Scientific memoirs by medical officers of the Army of India - Part XII,
Year: 1901
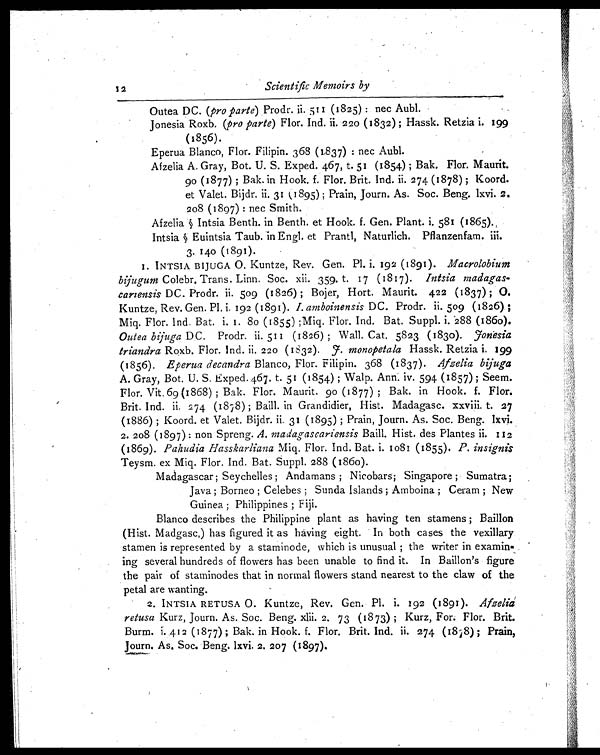
12
Scientific Memoirs by
Outea DC. (pro parte) Prodr.
ii. 511 (1825) : nec Aubl.
Jonesia Roxb. (pro parte) Flor. Ind. ii. 220 (1832); Hassk. Retzia i. 199
(1856).
Eperua Blanco, Flor. Filipin. 368 (1,837) : nec Aubl.
Afzelia A. Gray, Bot. U. S. Exped. 467, t. 51 (1854) ; Bak. Flor. Maurit.
90 (1877) ; Bak. in Hook. f. Flor. Brit. Ind. ii. 274 (1878) ; Koord.
et Valet. Bijdr. ii 31 (1895) ; Prain, Journ. As. Soc. Beng. lxvi. 2.
208 (1897) : nec Smith.
Afzelia § Intsia Benth. in Benth. et Hook. f. Gen. Plant. i. 581 (1865).
Intsia § Euintsia Taub. in Engl. et Prantl, Naturlich. Pflanzenfam. iii.
3. 140 (1891).
1. INTSIA BIJUGA O. Kuntze, Rev. Gen. Pl. i. 192 (1891). Macrolobium
bijugum Colebr. Trans. Linn. Soc. xii. 359. t. 17 (1817). Intsia
madagas-cariensis DC. Prodr.
i i 5 0 9 ( 1 8 2 6 ) ; B o j e r , H o r t . M a u r i t .4
2 2 ( 1 8 3 7 ) ; O .
Kuntze, Rev. Gen. Pl. 192 (1891). I. amboinensis DC. Prodr. ii. 509 (1826) ;
Miq. Flor. Ind. Bat. i. 1. 80 (1855) ; Miq. Flor. Ind. Bat. Suppl. i. 288 (1860).
Outea bijuga DC. Prodr. ii 511 (1826) ; Wall. Cat. 5823 (1830). Fonesia
triandra Roxb. Flor. Ind. ii. 220 (1832). F.monopetala Hassk. Retzia i.199
(1856). Eperua decandra Blanco, Flor. Filipin. 368 (1837). Afzelia bijuga
A. Gray, Bot. U. S. Exped.467. t. 51 (1854) ; Walp. Ann. iv. 594 (1857) ; Seem.
Flor. Vit. 69 (1868) ; Bak. Flor. Maurit. go (1877) ; Bak. in Hook. f. Flor.
Brit. Ind. ii. 274 (1878) ; Bail. in Grandidier, Hist. Madagasc. xxviii. t. 27
(1886) ; Koord. et Valet., Bijdr. ii 3 1 ( 1 8 9 5 ) ; P r a i n , J o u r n . A s . S o c . B e n g . l x v i .
2. 208 (1897): non Spreng. A. madagascariensis Baill. Hist. des Plantes ii. 112
(1869). Pahudia Hasskarliana Miq. Flor. Ind. Bat. i. 1081 (1855). P. i nsi gni s
Teysm. ex Miq. Flor. Ind. Bat. Suppl. 288 (1860).
Madagascar; Seychelles ; Andamans ; Nicobars; Singapore ; Sumatra;
Java ; Borneo ; Celebes ; Sunda Islands ; Amboina ; Ceram ; New
Guinea ; Philippines ; Fiji.
Blanco describes the Philippine plant as having ten stamens ; Baillon
(Hist. Madgasc,) has figured it as having eight. In both cases the vexillary
stamen is represented by a staminode, which is unusual ; the writer in examin-
ing several hundreds of flowers has been unable to find it. In Baillon's figure
the pair of staminodes that in normal flowers stand nearest to the claw of the
petal are wanting.
2. INTSIA RETUSA O. Kuntze, Rev. Gen. Pl. i. 192 (1891). Afzelia
retusa Kurz, Journ. As. Soc. Beng. xlii. 2. 73 (1873) ; Kurz, For. Flor. Brit.
Burm. i. 412 (1877) ; Bak. in Hook. f. Flor. Brit. Ind, ii. 274 (1878); Prain,
Journ. As, Soc. Beng. lxvi. 2. 207 (1897).